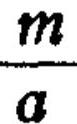
$\frac{m}{a}$